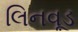
લિનવૂડ